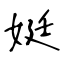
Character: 娗